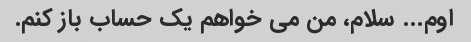
اوم... سلام، من می خواهم یک حساب باز کنم.